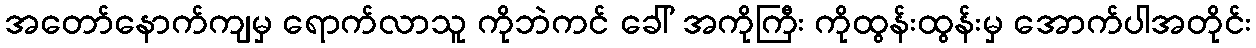
အတော်နောက်ကျမှ ရောက်လာသူ ကိုဘဲကင် ခေါ် အကိုကြီး ကိုထွန်းထွန်းမှ အောက်ပါအတိုင်း